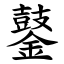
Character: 䥢